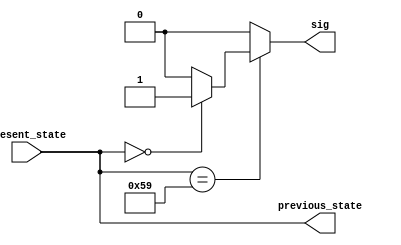
module sendsig_6(present_state,sig, previous_state);
	output reg sig;
	input [6:0] present_state;
	
	output reg [6:0] previous_state ;
	
	always @(present_state)
	begin
		previous_state = present_state;
		sig = 1'b0;
		if(present_state == 7'b1011001)
		begin
			if(previous_state == 7'b000000)
			begin
				sig = 1'b1;
			end
		end	
	end
endmodule